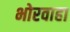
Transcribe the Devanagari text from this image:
भोरवाहा